Elephants and their diseases
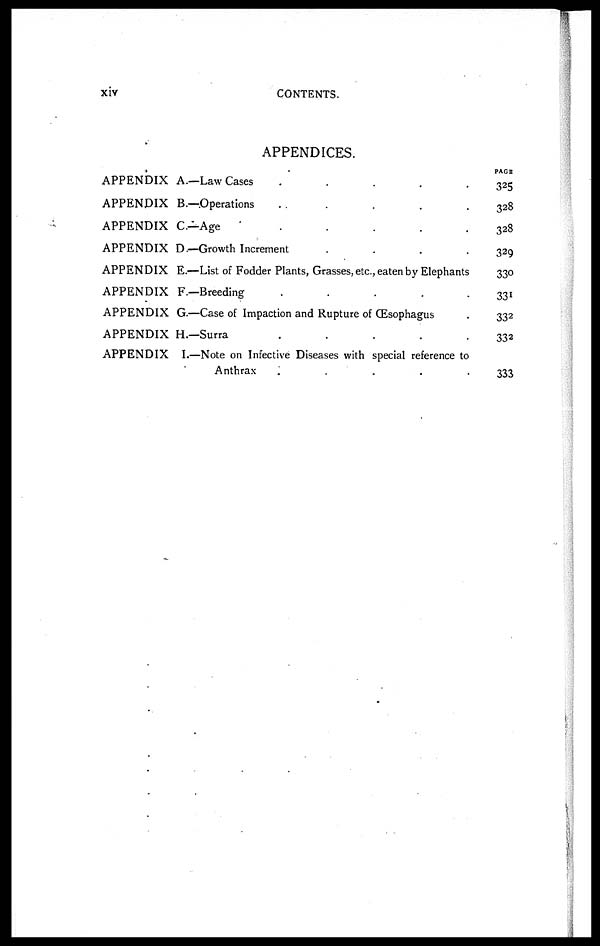
xiv
CONTENTS.
APPENDICES.
APPENDIX
APPENDIX
APPENDIX
APPENDIX
APPENDIX
APPENDIX
APPENDIX
APPENDIX
APPENDIX
A.—Law Cases
.....
B.—Operations
...
C—Age
D.—Growth Increment
....
E.—List of Fodder Plants, Grasses, etc., eaten by Elephants
F.—Breeding
.....
G.—Case of Impaction and Rupture of (Esophagus
H.—Surra
.....
I.—Note on Infective Diseases with special reference to
Anthrax
.....
PAGE
325
328
328
329
330
331
332
332
333